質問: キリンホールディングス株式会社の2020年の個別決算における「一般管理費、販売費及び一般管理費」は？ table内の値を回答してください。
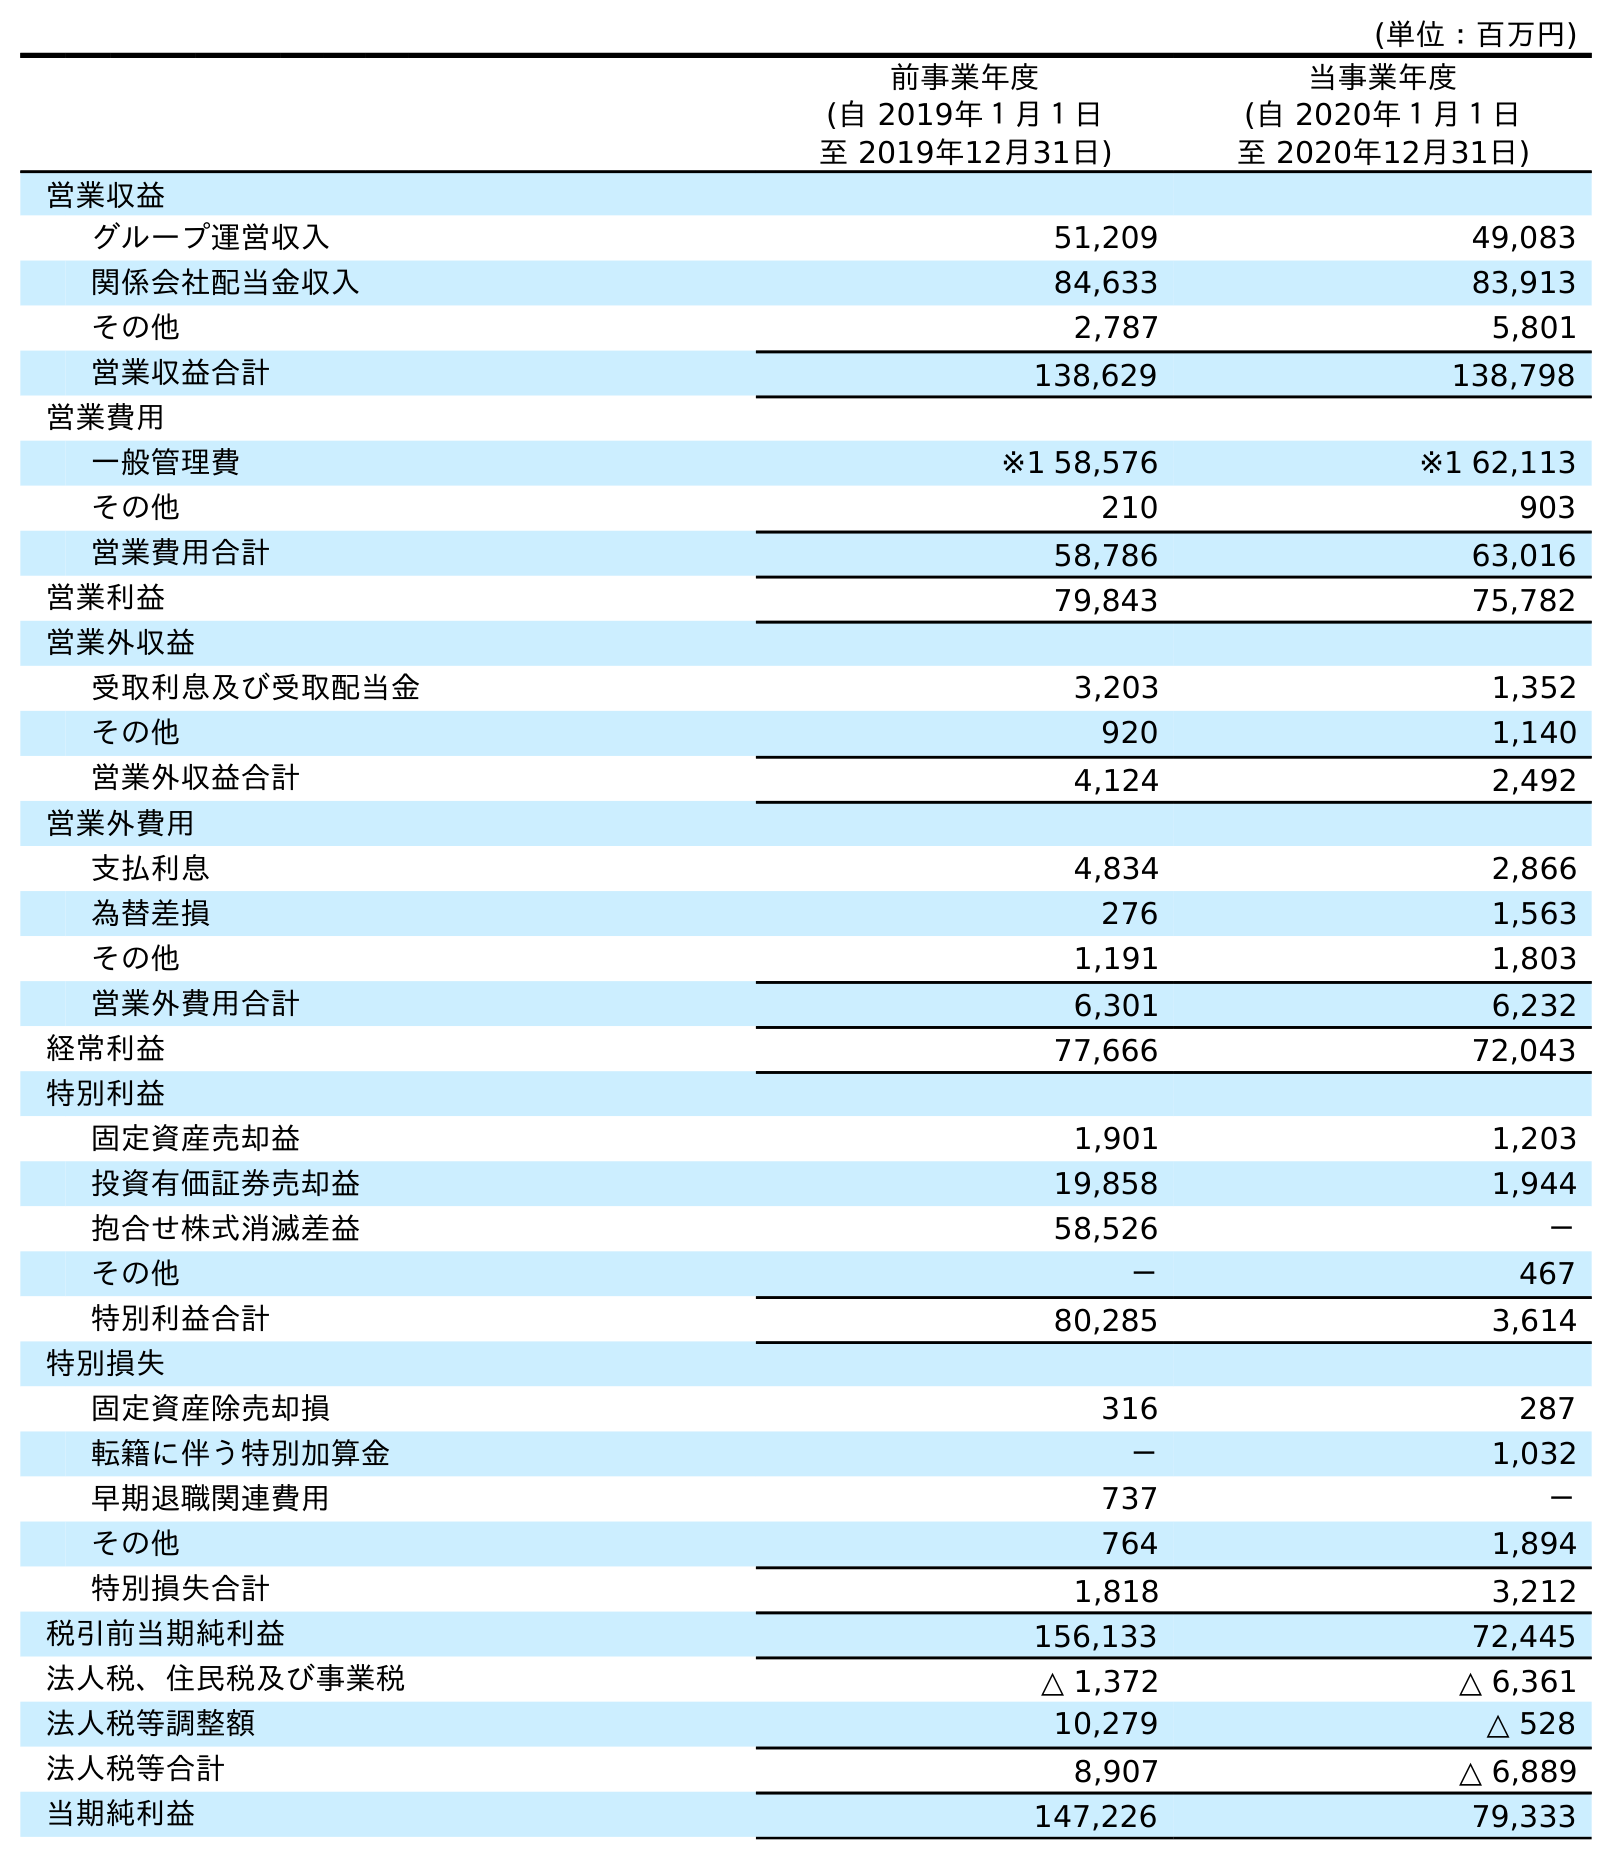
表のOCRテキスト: (単位：百万円) 前事業年度 (自 2019年１月１日 至 2019年12月31日) 当事業年度 (自 2020年１月１日 至 2020年12月31日) 営業収益 グループ運営収入 51,209 49,083 関係会社配当金収入 84,633 83,913 その他 2,787 5,801 営業収益合計 138,629 138,798 営業費用 一般管理費 ※1 58,576 ※1 62,113 その他 210 903 営業費用合計 58,786 63,016 営業利益 79,843 75,782 営業外収益 受取利息及び受取配当金 3,203 1,352 その他 920 1,140 営業外収益合計 4,124 2,492 営業外費用 支払利息 4,834 2,866 為替差損 276 1,563 その他 1,191 1,803 営業外費用合計 6,301 6,232 経常利益 77,666 72,043 特別利益 固定資産売却益 1,901 1,203 投資有価証券売却益 19,858 1,944 抱合せ株式消滅差益 58,526 － その他 － 467 特別利益合計 80,285 3,614 特別損失 固定資産除売却損 316 287 転籍に伴う特別加算金 － 1,032 早期退職関連費用 737 － その他 764 1,894 特別損失合計 1,818 3,212 税引前当期純利益 156,133 72,445 法人税、住民税及び事業税 △ 1,372 △ 6,361 法人税等調整額 10,279 △ 528 法人税等合計 8,907 △ 6,889 当期純利益 147,226 79,333
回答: ※162,113